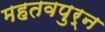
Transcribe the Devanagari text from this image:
महतवपुर्न